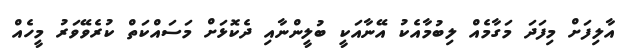
އާލިފަށް މިފަދަ މަގާމެއް ލިބުމާއެކު އޭނާއަކީ ބުލީންނާއި ދެކޮޅަށް މަސައްކަތް ކުރެވޭވަރު މީހެއް